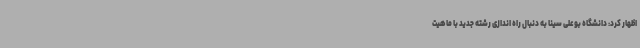
اظهار کرد: دانشگاه بوعلی سینا به دنبال راه اندازی رشته جدید با ماهیت